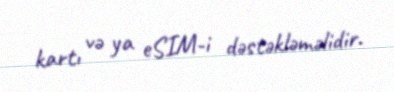
kartı və ya eSIM-i dəstəkləməlidir.